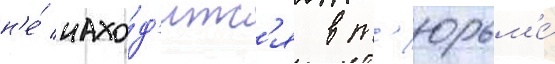
н'е́ нахо́д'итс'я в т'юрьм'е́